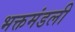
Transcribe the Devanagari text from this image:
भक्तमंडली